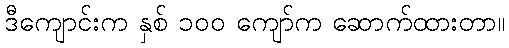
ဒီကျောင်းက နှစ် ၁၀၀ ကျော်က ဆောက်ထားတာ။